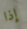
إذا